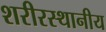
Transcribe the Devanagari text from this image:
शरीरस्थानीय